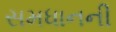
સમધાનની